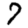
Digit: 7